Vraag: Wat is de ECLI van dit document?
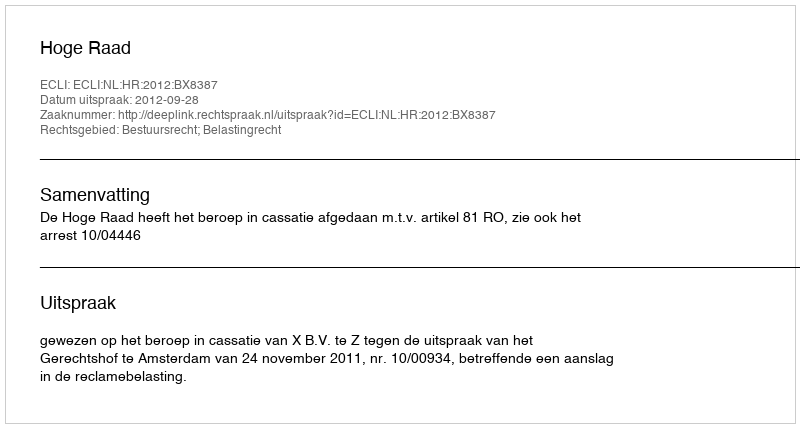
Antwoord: ECLI:NL:HR:2012:BX8387